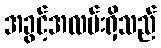
အခွင့်အလမ်းရှိသည်